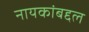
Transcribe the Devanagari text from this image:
नायकांबद्दल